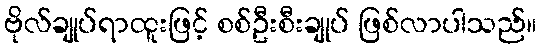
ဗိုလ်ချုပ်ရာထူးဖြင့် စစ်ဦးစီးချုပ် ဖြစ်လာပါသည်။